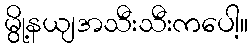
မွို့နယျအသီးသီးကပေါ့။